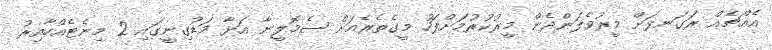
އެއްޗެއް ރަގަނޅަށް މީރުވެލަންދެން މީރުކުރުމަށްފަހު މީގެތެރެއަށް ސެމޮލީނާ އަޅާ މަޑުގިނީގައި 2 މިނެޓެއްހާއިރު